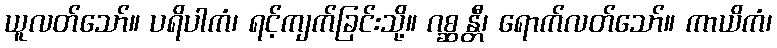
ယူလတ်သော်။ ပရိပါကံ၊ ရင့်ကျက်ခြင်းသို့။ ဂစ္ဆန္တီ၊ ရောက်လတ်သော်။ ကာယိကံ၊